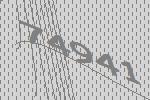
74941